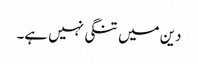
دین میں تنگی نہیں ہے۔